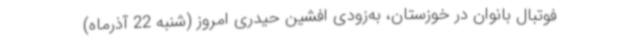
فوتبال بانوان در خوزستان، به‌زودی افشین حیدری امروز (شنبه 22 آذرماه)